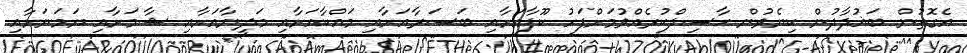
އެގޮތުން ބަޣުދާދުން ކިޔެވުން ޙާޞިލްކުރެއްވުމަށްފަހު ކޫފާއަށާއި ބަޞަރާއަށާއި މައްކާއަށާއި މަދީނާއަށާއި ޝާމަށާއި ޔަމަނަށާއި